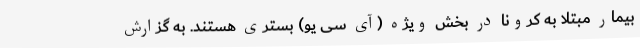
بیمار مبتلا به کرونا در بخش ویژه (آی سی یو) بستری هستند. به گزارش